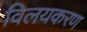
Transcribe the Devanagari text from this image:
विलयकरण